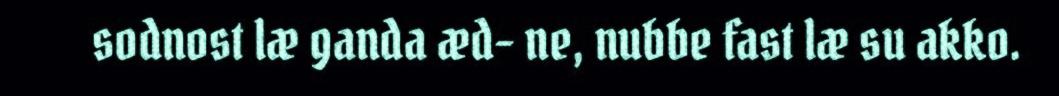
sodnost læ ganda æd- ne, nubbe fast læ su akko.